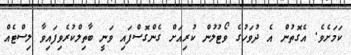
ކަމަށެވެ. އެގޮތުން އެ ދުވަހުގެ ވޯޓުލުން ކުރިއަށް ގެންގޮސްފައި ވަނީ ބާތިލްކުރެވިފައިވާ ލިސްޓެއް